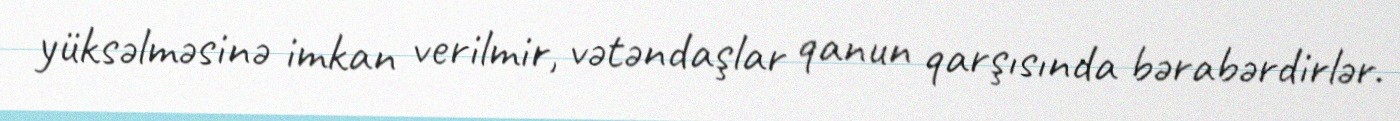
yüksəlməsinə imkan verilmir, vətəndaşlar qanun qarşısında bərabərdirlər.